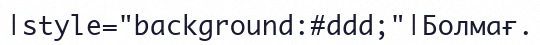
|style="background:#ddd;"|Болмағ.